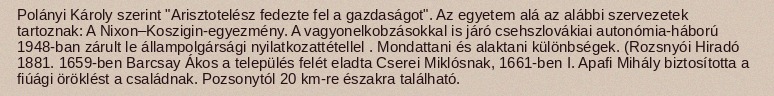
Polányi Károly szerint "Arisztotelész fedezte fel a gazdaságot". Az egyetem alá az alábbi szervezetek tartoznak: A Nixon–Koszigin-egyezmény. A vagyonelkobzásokkal is járó csehszlovákiai autonómia-háború 1948-ban zárult le állampolgársági nyilatkozattétellel . Mondattani és alaktani különbségek. (Rozsnyói Hiradó 1881. 1659-ben Barcsay Ákos a település felét eladta Cserei Miklósnak, 1661-ben I. Apafi Mihály biztosította a fiúági öröklést a családnak. Pozsonytól 20 km-re északra található.